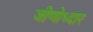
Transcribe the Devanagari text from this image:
जीणोध्दार